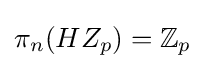
\pi _{n}(HZ_{p})=\mathbb {Z} _{p}